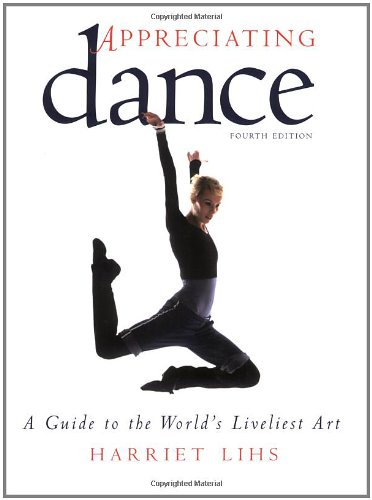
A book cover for Appreciating Dance: A Guide to the World's Liveliest Art; Harriet Lihs; Humor & Entertainment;